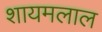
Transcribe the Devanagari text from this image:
शायमलाल